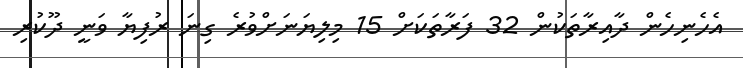
އެހެނިހެން ދާއިރާތަކުން 32 ފަރާތަކަށް 15 މިލިޔަނަށްވުރެ ގިނަ ރުފިޔާ ވަނީ ދޫކުރި